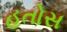
હતોસ